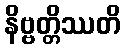
နိဗ္ဗတ္တိဿတိ